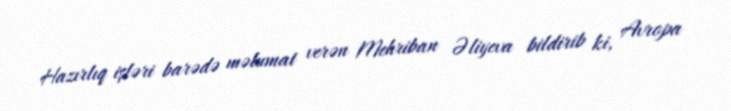
Hazırlıq işləri barədə məlumat verən Mehriban Əliyeva bildirib ki, Avropa